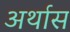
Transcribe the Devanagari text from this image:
अर्थास